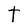
Character: t